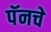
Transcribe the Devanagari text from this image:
पॅनचे